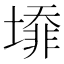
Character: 𡐥